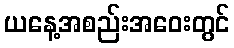
ယနေ့အစည်းအဝေးတွင်